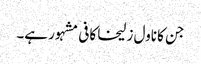
جن کا ناول زلیخا کافی مشہور ہے۔